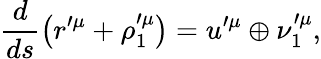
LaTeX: \frac{d}{ds}\left(r^{\prime\mu}+\rho_{1}^{\prime\mu}\right)=u^{\prime\mu}\oplus\nu_{1}^{\prime\mu},